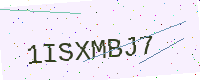
Text: 1ISXMBJ7